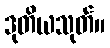
ဒုတိယသုတ်။